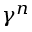
\gamma ^ { n }